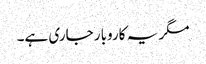
مگر یہ کاروبار جاری ہے۔